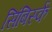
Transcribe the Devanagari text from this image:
सिंबिर्स्क